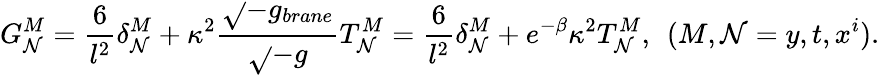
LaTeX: G_{\mathcal{N}}^{M}=\frac{{6}}{{l^{2}}}\delta_{\mathcal{N}}^{M}+\kappa^{2}\frac{{\sqrt{}{{-g_{brane}}}}}{{\sqrt{}{{-g}}}}T_{\mathcal{N}}^{M}=\frac{{6}}{{l^{2}}}\delta_{\mathcal{N}}^{M}+e^{-\beta}\kappa^{2}T_{\mathcal{N}}^{M},\: \: (M,\mathcal{N}=y,t,x^{i}).